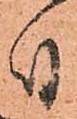
付